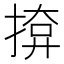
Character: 𭡢